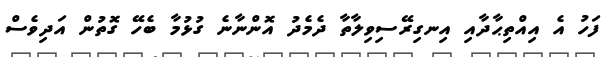
ފަހު އެ އިއްތިޙާދާއި އިނގިރޭސިވިލާތާ ދެމެދު އޮންނާނެ ގުޅުމާ ބެހޭ ގޮތުން އަދިވެސް